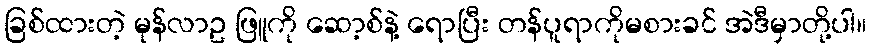
ခြစ်ထားတဲ့ မုန်လာဥ ဖြူကို ဆော့စ်နဲ့ ရောပြီး တန်ပူရာကိုမစားခင် အဲဒီမှာတို့ပါ။